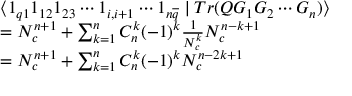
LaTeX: \begin{array} { l } { { \langle 1 _ { q 1 } 1 _ { 1 2 } 1 _ { 2 3 } \cdots 1 _ { i , i + 1 } \cdots 1 _ { n \overline { { { q } } } } \mid T r ( Q G _ { 1 } G _ { 2 } \cdots G _ { n } ) \rangle } } \\ { { = N _ { c } ^ { n + 1 } + \sum _ { k = 1 } ^ { n } C _ { n } ^ { k } ( - 1 ) ^ { k } \frac 1 { N _ { c } ^ { k } } N _ { c } ^ { n - k + 1 } } } \\ { { = N _ { c } ^ { n + 1 } + \sum _ { k = 1 } ^ { n } C _ { n } ^ { k } ( - 1 ) ^ { k } N _ { c } ^ { n - 2 k + 1 } } } \end{array}